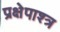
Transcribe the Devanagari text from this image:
प्रक्षेपाश्त्र